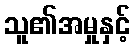
သူ၏အမှုနှင့်